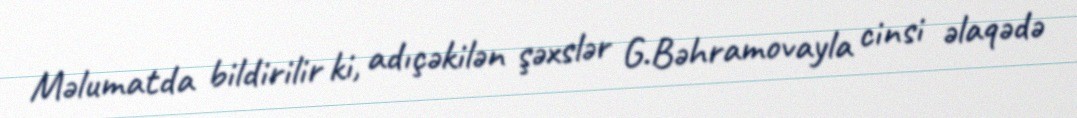
Məlumatda bildirilir ki, adıçəkilən şəxslər G.Bəhramovayla cinsi əlaqədə